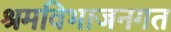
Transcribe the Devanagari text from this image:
श्रमविभाजनगत